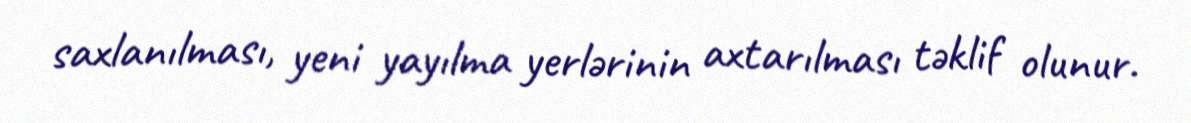
saxlanılması, yeni yayılma yerlərinin axtarılması təklif olunur.